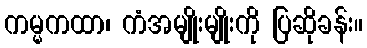
ကမ္မကထာ၊ ကံအမျိုးမျိုးကို ပြဆိုခန်း။